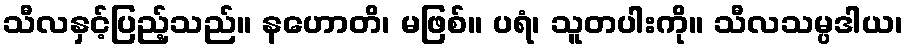
သီလနှင့်ပြည့်သည်။ နဟောတိ၊ မဖြစ်။ ပရံ၊ သူတပါးကို။ သီလသမ္ပဒါယ၊